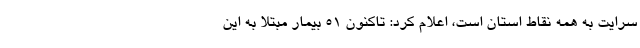
سرایت به همه نقاط استان است، اعلام کرد: تاکنون ۵۱ بیمار مبتلا به این